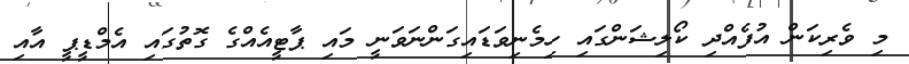
މި ވެރިކަން އުފެއްދި ކޯލިޝަންގައި ހިމެނިވަޑައިގަންނަވަނީ މައި ޕާޓީއެއްގެ ގޮތުގައި އެމްޑީޕީ އާއި